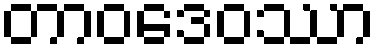
တာဝဒေဝဿာ